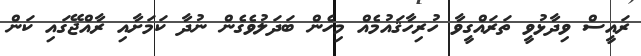
ރައީސް ވިދާޅުވީ ތަރައްގީވާ ހުރިހާޤައުމެއް މިހެން ބަދަލުވެގެން ނުދާ ކަމަށާއި ރާއްޖޭގައި ކަން